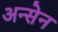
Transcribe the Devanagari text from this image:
अन्सेन